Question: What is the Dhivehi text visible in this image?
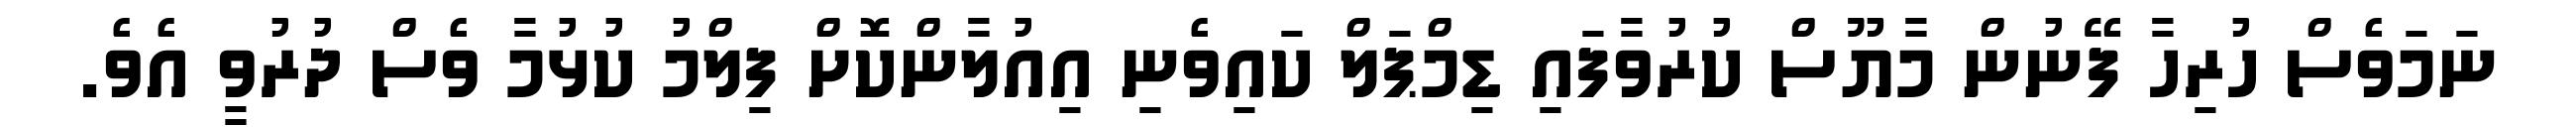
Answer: ނަމަވެސް ހުރިހާ ފޭނުން މާޔޫސް ކުރުވާފައި ޑިމްޕަލް ކައިވެނި އިއުލާންކޮށް ފިލްމު ކުޅުމާ ވެސް ދުރުވީ އެވެ.